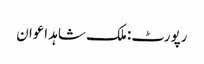
رپورٹ: ملک شاہد اعوان